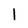
Character: 1